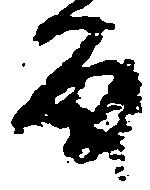
留